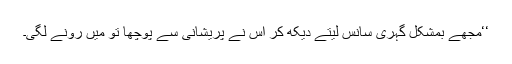
‘‘مجھے بمشکل گہری سانس لیتے دیکھ کر اس نے پریشانی سے پوچھا تو میں رونے لگی۔